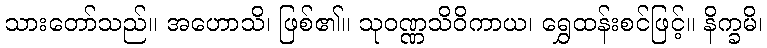
သားတော်သည်။ အဟောသိ၊ ဖြစ်၏။ သုဝဏ္ဏသိဝိကာယ၊ ရွှေထန်းစင်ဖြင့်။ နိက္ခမိ၊